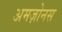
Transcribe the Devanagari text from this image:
अमज़ोनस